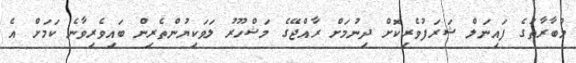
މުބާރާތުގެ ފައިނަލް ޝަރަފުވެރިކޮށް ދިނުމަށް ރާއްޖޭގެ މަޝްހޫރު ލަވަކިޔުންތެރިން ބައިވެރިވާނެ ކަމަށް އެ